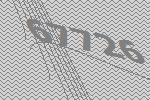
67726